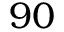
9 0